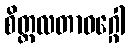
စိတ္တလတာဝဂ္ဂေါ